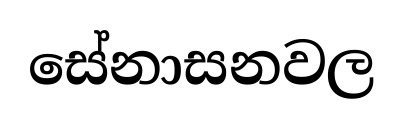
සේනාසනවල